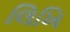
લિખિ